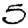
Digit: 5